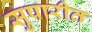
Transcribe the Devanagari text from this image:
सुपारीत